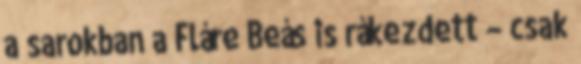
a sarokban a Fláre Beás is rákezdett – csak